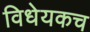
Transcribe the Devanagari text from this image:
विधेयकच